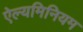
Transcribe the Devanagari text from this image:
ऐल्यमिनियम